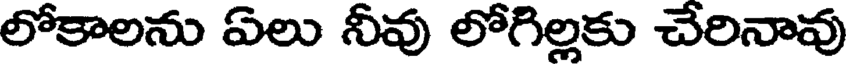
లోకాలను ఏలు నీవు లోగిల్లకు చేరినావు